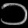
Digit: ၁